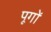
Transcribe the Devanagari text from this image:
पूगों